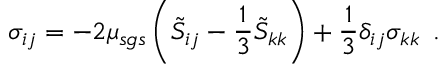
\sigma _ { i j } = - 2 \mu _ { s g s } \left( \tilde { S } _ { i j } - \frac { 1 } { 3 } \tilde { S } _ { k k } \right) + \frac { 1 } { 3 } \delta _ { i j } \sigma _ { k k } \, \mathrm { ~ . ~ }